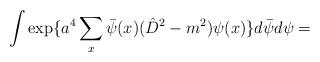
LaTeX: \begin{align*}\int \exp \{a^4\sum_x \bar{ \psi}(x)( \hat{D}^2-m^2) \psi(x) \}d \bar{\psi}d \psi =\end{align*}